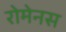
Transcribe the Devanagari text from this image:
रोमेनस